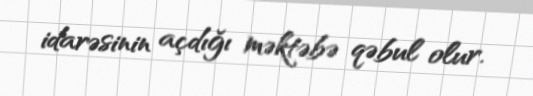
idarəsinin açdığı məktəbə qəbul olur.